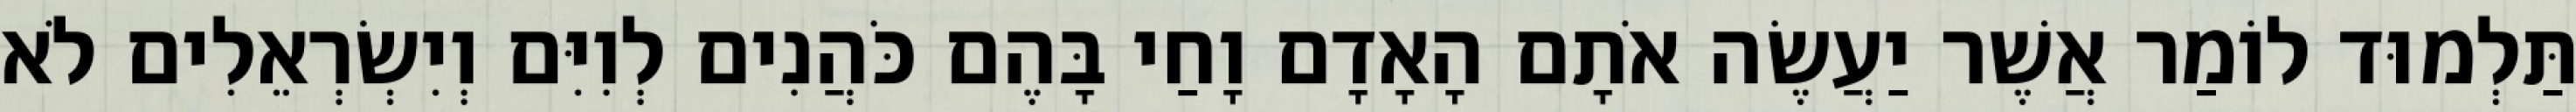
תַּלְמוּד לוֹמַר אֲשֶׁר יַעֲשֶׂה אֹתָם הָאָדָם וָחַי בָּהֶם כֹּהֲנִים לְוִיִּם וְיִשְׂרְאֵלִים לֹא